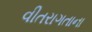
વીતરાગતાના